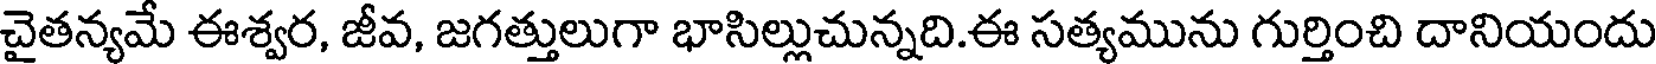
చైతన్యమే ఈశ్వర, జీవ, జగత్తులుగా భాసిల్లుచున్నది.ఈ సత్యమును గుర్తించి దానియందు